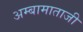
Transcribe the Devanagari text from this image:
अम्बामाताजी